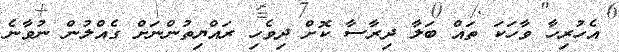
އެހުރިހާ ވާހަކަ ތައް ބަލާ ދިރާސާ ކޮށް ދިވެހި ރައްޔިތުންނަށް ގެއްލުން ނުވާނެ